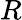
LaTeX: R